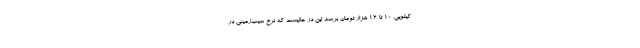
کیلویی 10 تا 12 هزار تومان برسد این در حالیست که نرخ سیب‌زمینی در